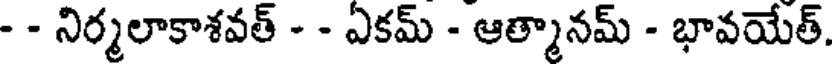
- - నిర్మలాకాశవత్ - - ఏకమ్ - ఆత్మానమ్ - భావయేత్.